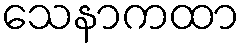
သေနာကထာ